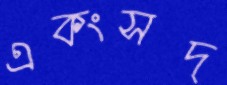
একংসদ্